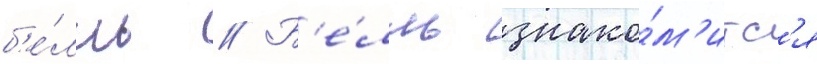
б'е́лль // Б'е́лль знако́м'итс'я